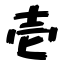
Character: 壱